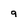
Character: 9